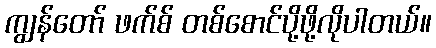
ကျွန်တော် ဖက်စ် တစ်စောင်ပို့ဖို့လိုပါတယ်။